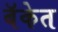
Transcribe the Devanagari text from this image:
बॅकेत